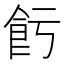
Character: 𱃢